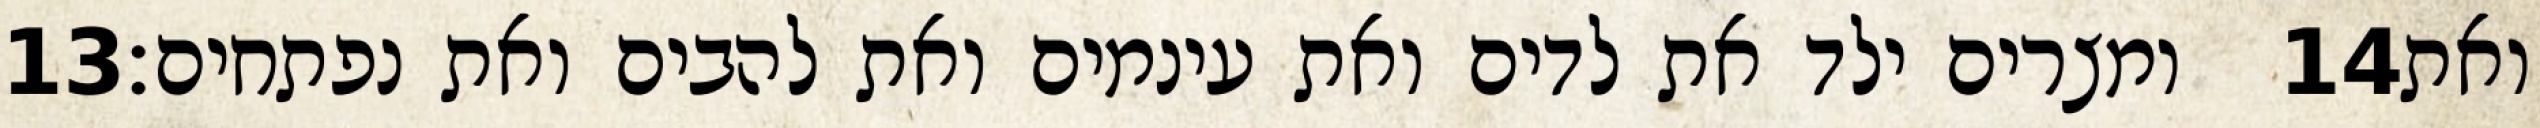
‎13‏ ומצרים ילד את לדים ואת עינמים ואת להבים ואת נפתחים׃ ‎14‏ ואת